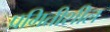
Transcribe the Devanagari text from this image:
प्रगितीशील